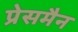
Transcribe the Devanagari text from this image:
प्रेसमैन